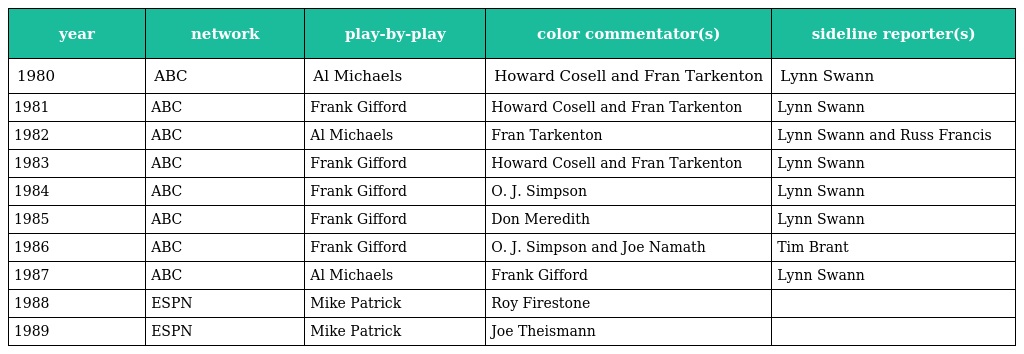
| year | network | play-by-play | color commentator(s) | sideline reporter(s) |
 | --- | --- | --- | --- | --- |
 | 1980 | ABC | Al Michaels | Howard Cosell and Fran Tarkenton | Lynn Swann |
 | 1981 | ABC | Frank Gifford | Howard Cosell and Fran Tarkenton | Lynn Swann |
 | 1982 | ABC | Al Michaels | Fran Tarkenton | Lynn Swann and Russ Francis |
 | 1983 | ABC | Frank Gifford | Howard Cosell and Fran Tarkenton | Lynn Swann |
 | 1984 | ABC | Frank Gifford | O. J. Simpson | Lynn Swann |
 | 1985 | ABC | Frank Gifford | Don Meredith | Lynn Swann |
 | 1986 | ABC | Frank Gifford | O. J. Simpson and Joe Namath | Tim Brant |
 | 1987 | ABC | Al Michaels | Frank Gifford | Lynn Swann |
 | 1988 | ESPN | Mike Patrick | Roy Firestone |  |
 | 1989 | ESPN | Mike Patrick | Joe Theismann |  |